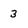
Character: 3